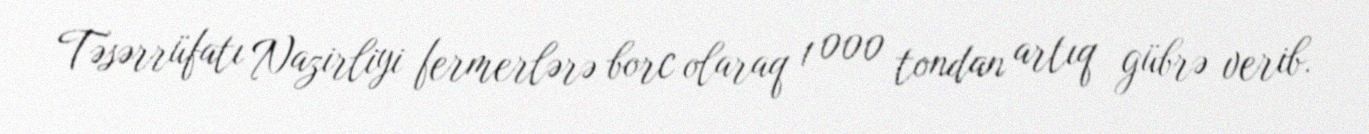
Təsərrüfatı Nazirliyi fermerlərə borc olaraq 1 000 tondan artıq gübrə verib.